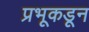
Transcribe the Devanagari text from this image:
प्रभूकडून